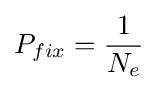
P_{fix}={\frac {1}{N_{e}}}